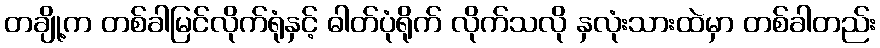
တချို့က တစ်ခါမြင်လိုက်ရုံနှင့် ဓါတ်ပုံရိုက် လိုက်သလို နှလုံးသားထဲမှာ တစ်ခါတည်း